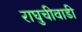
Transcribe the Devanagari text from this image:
राघुचीवाडी